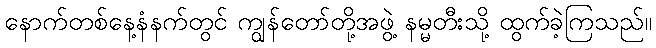
နောက်တစ်နေ့နံနက်တွင် ကျွန်တော်တို့အဖွဲ့ နမ္မတီးသို့ ထွက်ခဲ့ကြသည်။